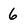
Character: 6